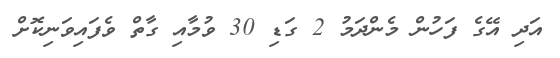
އަދި އޭގެ ފަހުން މެންދަމު 2 ގަޑި 30 ވުމާއި ގާތް ވެފައިވަނިކޮށް